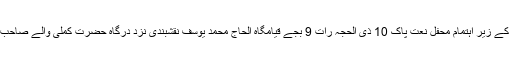
ستمبر : ( راست ) : بزم انوار مصطفی کے زیر اہتمام محفل نعت پاک 10 ذی الحجہ رات 9 بجے قیامگاہ الحاج محمد یوسف نقشبندی نزد درگاہ حضرت کملی والے صاحب کے پیچھے دبیر پورہ میں مقرر ہے ۔